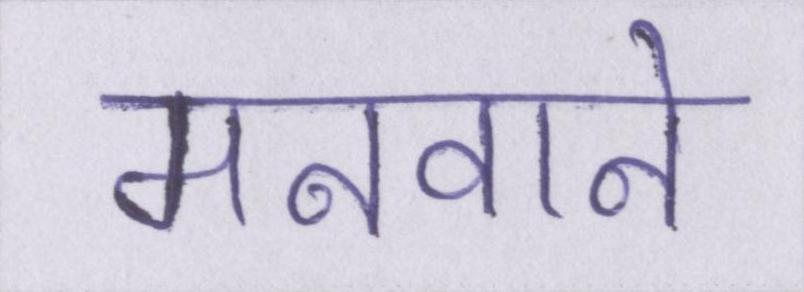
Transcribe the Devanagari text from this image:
मनवाने